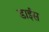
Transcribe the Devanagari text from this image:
डाईस